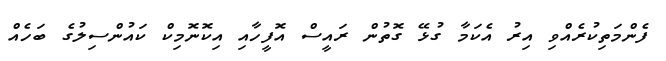
ފެންމަތިކުރެއްވި އިރު އެކަމާ ގުޅޭ ގޮތުން ރައީސް އޮފީހާއި އިކޮނޮމިކް ކައުންސިލުގެ ބަހެއް